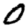
Digit: 0